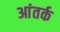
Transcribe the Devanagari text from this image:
आंतर्क